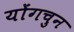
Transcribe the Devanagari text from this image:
योंगचुन